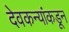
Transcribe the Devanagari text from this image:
देवकन्यांकडून